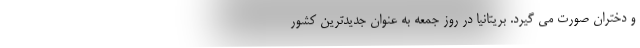
و دختران صورت می گیرد. بریتانیا در روز جمعه به عنوان جدیدترین کشور